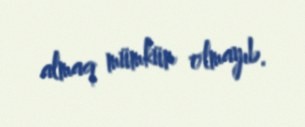
almaq mümkün olmayıb.